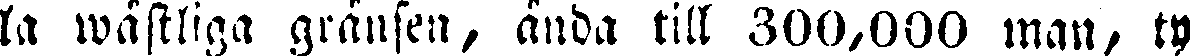
la wästliga gränsen, ända till 300,000 man, ty